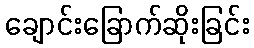
ချောင်းခြောက်ဆိုးခြင်း